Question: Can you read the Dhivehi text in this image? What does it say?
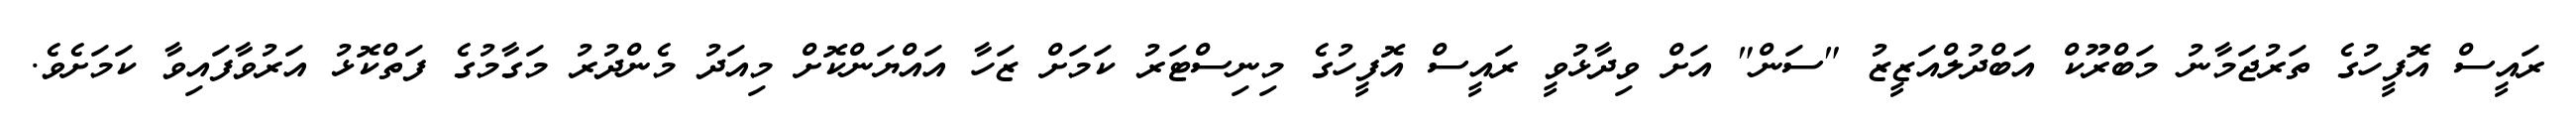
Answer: ރައީސް އޮފީހުގެ ތަރުޖަމާނު މަބްރޫކް އަބްދުލްއަޒީޒު "ސަން" އަށް ވިދާޅުވީ ރައީސް އޮފީހުގެ މިނިސްޓަރު ކަމަށް ޒަހާ އައްޔަންކޮށް މިއަދު މެންދުރު މަގާމުގެ ފަތްކޮޅު އަރުވާފައިވާ ކަމަށެވެ.